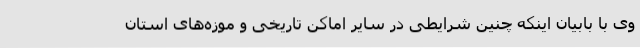
وی با بابیان اینکه چنین شرایطی در سایر اماکن تاریخی و موزه‌های استان